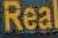
Real